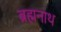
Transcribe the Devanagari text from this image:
ब्रह्मनाथ